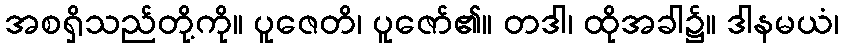
အစရှိသည်တို့ကို။ ပူဇေတိ၊ ပူဇော်၏။ တဒါ၊ ထိုအခါ၌။ ဒါနမယံ၊